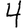
Digit: 4